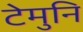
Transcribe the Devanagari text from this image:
टेमुनि